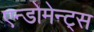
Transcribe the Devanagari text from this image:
एन्डोमेन्ट्‌स